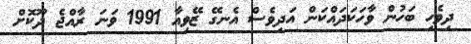
ދިވެހި ބަހުން ވާހަކަދައްކަން އަދިވެސް އެނގޭ ޒޭވިއާ 1991 ވަނަ ރާއްޖެ ދޫކޮށް